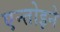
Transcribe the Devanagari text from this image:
एन्तोइने